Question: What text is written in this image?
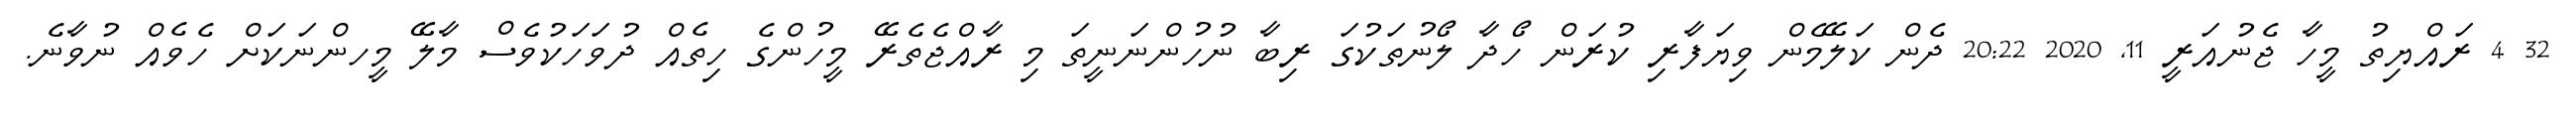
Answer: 32 4 ރައްޔިތު މީހާ ޖެނުއަރީ 11, 2020 20:22 ދެން ކަލޭމެން ވިޔަފާރި ކުރަން ހޯދާ ލޯނުތަކުގަ ރިބާ ނުހުންނަނީތަ މި ރާއްޖެތެރޭ މީހުންގެ ހިތެއް ދުވަހަކުވެސް މާލޭ މީހންނަކަށް ހެވެއް ނުވާނެ.